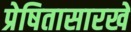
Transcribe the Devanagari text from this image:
प्रेषितासारखे